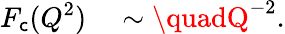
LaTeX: F_{\mathsf{c}}(Q^{2})\quad\sim\quadQ^{-2}.